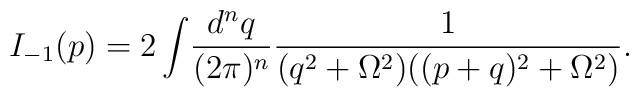
I_{-1}(p)=2\int\!\frac{d^{n}q}{(2\pi)^{n}}\frac{1}{(q^2+\Omega^2)((p+q)^2+\Omega^2)}.